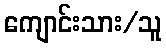
ကျောင်းသား/သူ